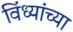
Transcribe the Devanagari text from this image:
विंध्यांच्या